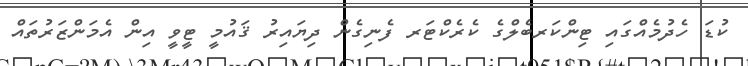
ކުޑަ ހެދުމެއްގައި ޓިންކަރބެލްގެ ކެރެކްޓަރ ފެނިގެން ދިޔައިރު ޤައުމީ ޓީވީ އިން އެމަންޒަރުތައް